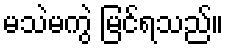
မသဲမကွဲ မြင်ရသည်။